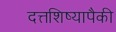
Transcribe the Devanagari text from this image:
दत्तशिष्यापैकी